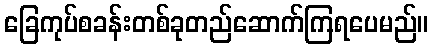
ခြေကုပ်စခန်းတစ်ခုတည်ဆောက်ကြရပေမည်။